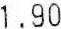
1.90